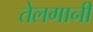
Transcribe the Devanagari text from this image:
तेलगानी